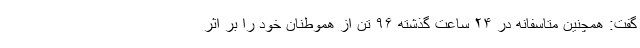
گفت: همچنین متاسفانه در ۲۴ ساعت گذشته ۹۶ تن از هموطنان خود را بر اثر